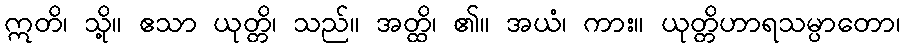
ဣတိ၊ သို့။ ဧသာ ယုတ္တိ၊ သည်။ အတ္ထိ၊ ၏။ အယံ၊ ကား။ ယုတ္တိဟာရသမ္ပာတော၊